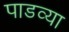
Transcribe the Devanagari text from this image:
पाडव्या